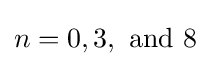
n=0,3,\ {\text{and}}\ 8